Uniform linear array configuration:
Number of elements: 32
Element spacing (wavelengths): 1
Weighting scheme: uniform
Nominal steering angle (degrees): -45
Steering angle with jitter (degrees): -44.294
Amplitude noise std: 0.05
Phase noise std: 0.05

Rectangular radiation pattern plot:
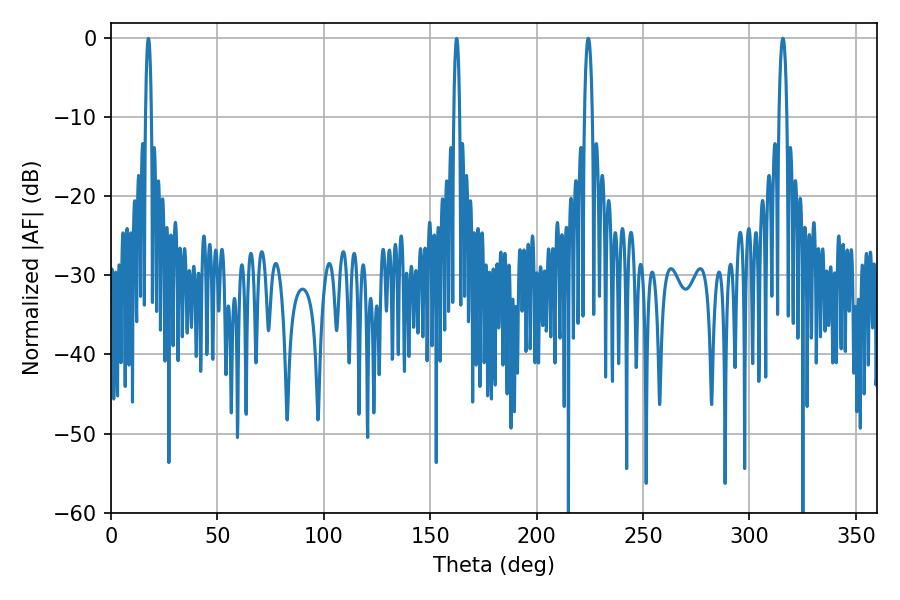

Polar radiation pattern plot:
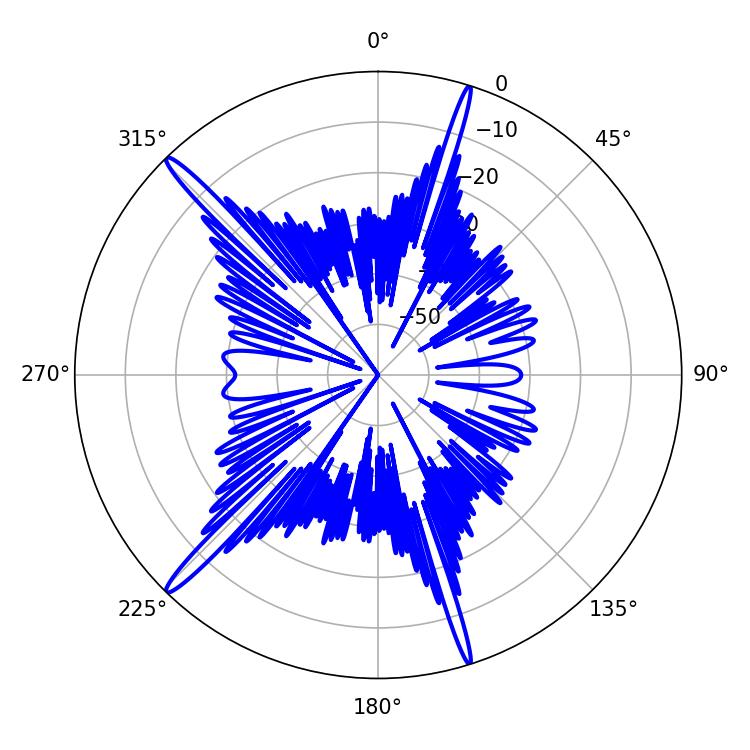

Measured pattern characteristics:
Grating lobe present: TRUE
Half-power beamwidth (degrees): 2.16
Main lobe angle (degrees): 224.28